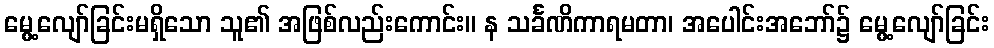
မွေ့လျော်ခြင်းမရှိသော သူ၏ အဖြစ်လည်းကောင်း။ န သင်္ခဏိကာရမတာ၊ အပေါင်းအဘော်၌ မွေ့လျော်ခြင်း